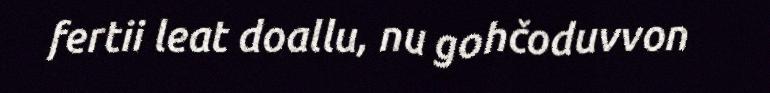
fertii leat doallu, nu gohčoduvvon